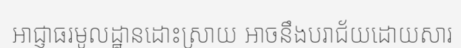
អាជ្ញាធរមូលដ្ឋានដោះស្រាយ អាចនឹងបរាជ័យដោយសារ